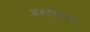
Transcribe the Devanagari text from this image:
अलारनाथ